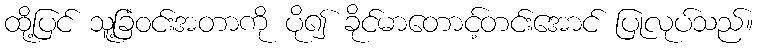
ထို့ပြင် သူ့ခြံဝင်းအတာကို ပို၍ ခိုင်မာတောင့်တင်းအောင် ပြုလုပ်သည်။